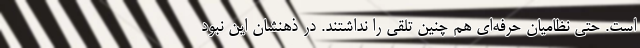
است. حتی نظامیان حرفه‌ای هم چنین تلقی را نداشتند. در ذهنشان این نبود